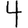
Digit: 4